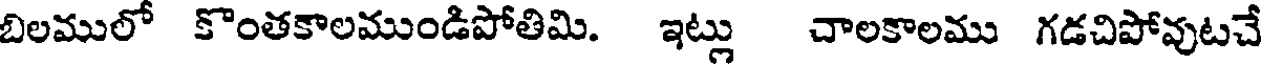
బిలములో కొంతకాలముండిపోతిమి. ఇట్లు చాలకాలము గడచిపోవుటచే